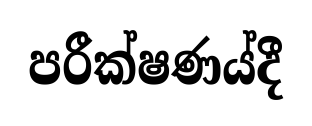
පරීක්ෂණය්දී